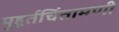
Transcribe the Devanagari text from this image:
मुहूर्तचिंतामणी